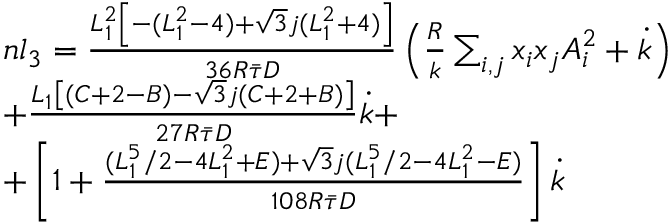
\begin{array} { r l } & { n l _ { 3 } = \frac { L _ { 1 } ^ { 2 } \left[ - ( L _ { 1 } ^ { 2 } - 4 ) + \sqrt { 3 } j ( L _ { 1 } ^ { 2 } + 4 ) \right] } { 3 6 R \bar { \tau } D } \left( \frac { R } { k } \sum _ { i , j } x _ { i } x _ { j } A _ { i } ^ { 2 } + \dot { k } \right) } \\ & { + \frac { L _ { 1 } \left[ ( C + 2 - B ) - \sqrt { 3 } j ( C + 2 + B ) \right] } { 2 7 R \bar { \tau } D } \dot { k } + } \\ & { + \left[ 1 + \frac { ( L _ { 1 } ^ { 5 } / 2 - 4 L _ { 1 } ^ { 2 } + E ) + \sqrt { 3 } j ( L _ { 1 } ^ { 5 } / 2 - 4 L _ { 1 } ^ { 2 } - E ) } { 1 0 8 R \bar { \tau } D } \right] \dot { k } } \end{array}